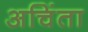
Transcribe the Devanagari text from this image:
अचिंता